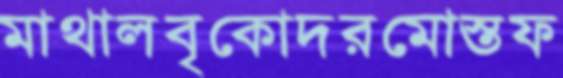
মাথালবৃকোদরমোস্তফ